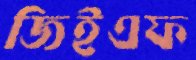
জিইএফ